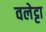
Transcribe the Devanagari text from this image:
वलेट्टा